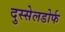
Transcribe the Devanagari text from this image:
दुस्सेलडोर्फ